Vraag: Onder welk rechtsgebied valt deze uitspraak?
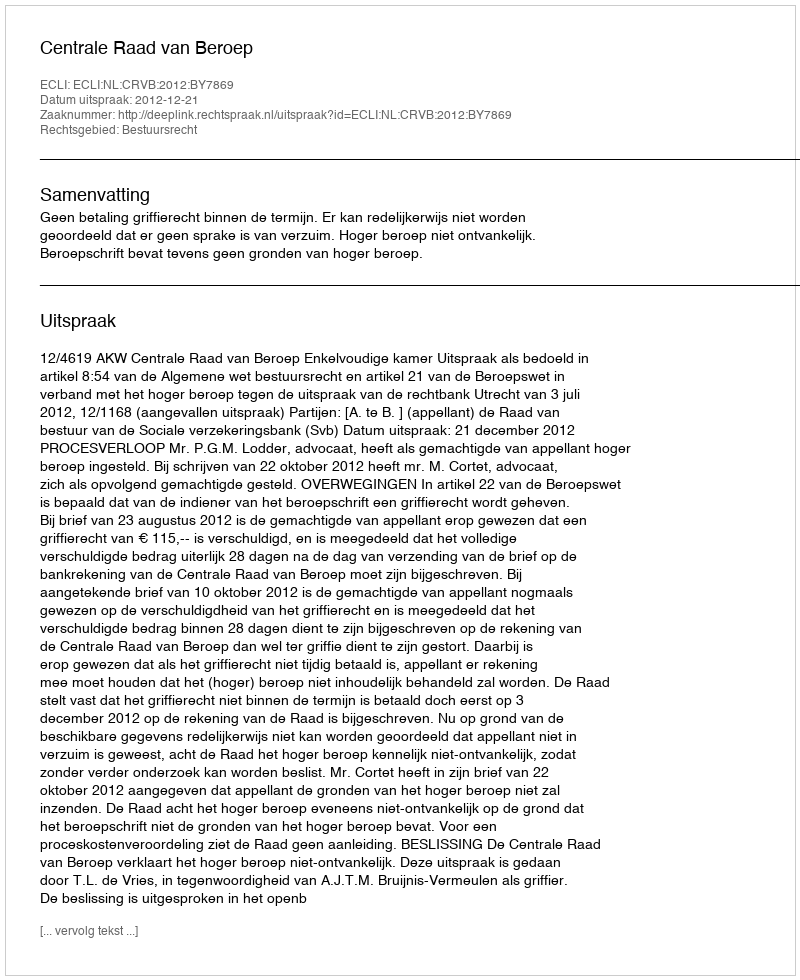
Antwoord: Bestuursrecht